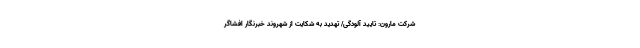
شرکت مارون: تایید آلودگی/ تهدید به شکایت از شهروند خبرنگار افشاگر